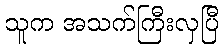
သူက အသက်ကြီးလှပြီ